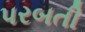
પરબતી